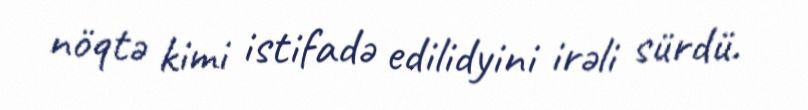
nöqtə kimi istifadə edilidyini irəli sürdü.